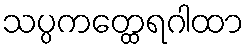
သပ္ပကတ္ထေရဂါထာ